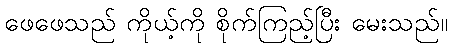
ဖေဖေသည် ကိုယ့်ကို စိုက်ကြည့်ပြီး မေးသည်။